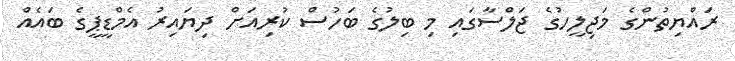
ރައްޔިތުންގެ މަޖިލީހުގެ ޖަލްސާގައި މި ބިލުގެ ބަހުސް ކުރިއަށް ދިޔައިރު އެމްޑީޕީގެ ބައެއް